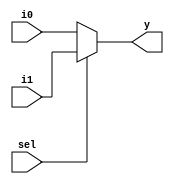
/* Generated by Yosys 0.32+51 (git sha1 6405bbab1, gcc 12.3.0-1ubuntu1~23.04 -fPIC -Os) */

(* top =  1  *)
(* src = "good_mux.v:2.1-10.10" *)
module good_mux(i0, i1, sel, y);
  (* src = "good_mux.v:2.24-2.26" *)
  input i0;
  wire i0;
  (* src = "good_mux.v:2.35-2.37" *)
  input i1;
  wire i1;
  (* src = "good_mux.v:2.46-2.49" *)
  input sel;
  wire sel;
  (* src = "good_mux.v:2.63-2.64" *)
  output y;
  wire y;
  assign y = sel ? i1 : i0;
endmodule